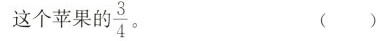
这个苹果的\frac{3}{4}。 ( )